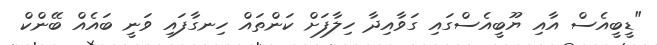
"ޑީބީއެސް އާއި ޔޫބީއެސްގައި ގަވާއިދާ ހިލާފަށް ކަންތައް ހިނގާފައި ވަނީ ބައެއް ބޭންކް